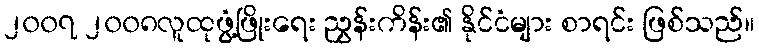
၂၀၀၇ ၂၀၀၈လူထုဖွံ့ဖြိုးရေး ညွှန်းကိန်း၏ နိုင်ငံများ စာရင်း ဖြစ်သည်။